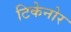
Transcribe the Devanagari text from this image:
टिकेनोर